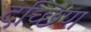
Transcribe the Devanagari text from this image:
दच्छिण